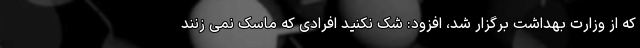
که از وزارت بهداشت برگزار شد، افزود: شک نکنید افرادی که ماسک نمی زنند